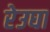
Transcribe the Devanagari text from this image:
रेउघा